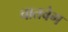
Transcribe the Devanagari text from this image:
वातवेग